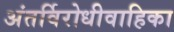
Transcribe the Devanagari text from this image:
अंतर्विरोधीवाहिका